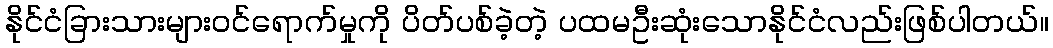
နိုင်ငံခြားသားများဝင်ရောက်မှုကို ပိတ်ပစ်ခဲ့တဲ့ ပထမဦးဆုံးသောနိုင်ငံလည်းဖြစ်ပါတယ်။